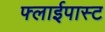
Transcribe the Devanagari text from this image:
फ्लाईपास्ट